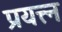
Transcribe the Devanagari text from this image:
प्रयत्त्न